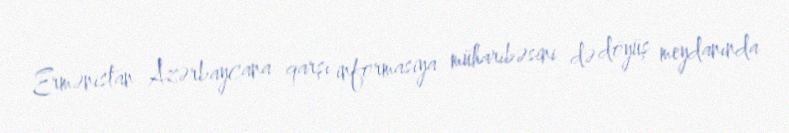
Ermənistan Azərbaycana qarşı informasiya müharibəsini də döyüş meydanında